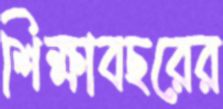
শিক্ষাবছরের